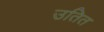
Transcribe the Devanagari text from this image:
उतित